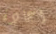
اعادة